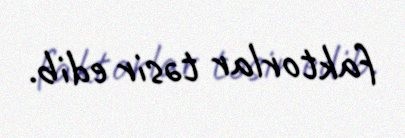
faktorlar təsir edib.